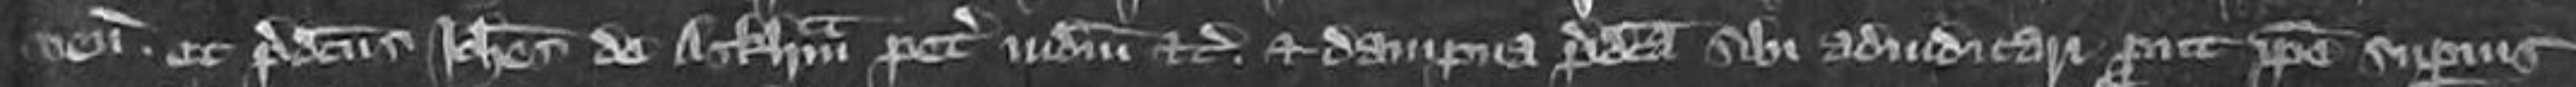
venit Et predictus Johannes de Arkham petit iudicium etc et dampna predicta sibi adiudicari prout ipse superius